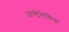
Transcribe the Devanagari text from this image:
आस्ट्रेलेसिया